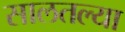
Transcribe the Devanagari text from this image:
सालतल्या